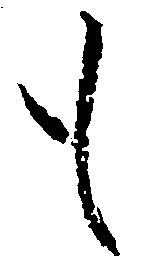
も